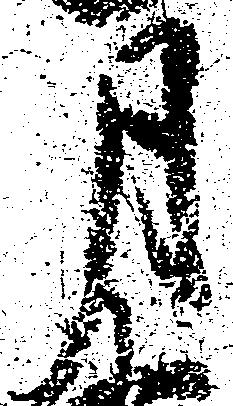
月